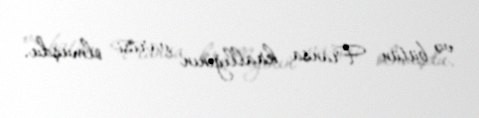
və bütün Fransa krallığının varisi olmuşdu.